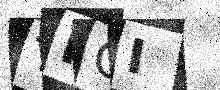
Text: TRCI